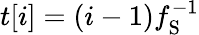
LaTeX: t[i]=(i-1)f_{\mathrm{S}}^{-1}